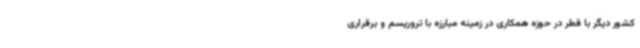
کشور دیگر با قطر در حوزه همکاری در زمینه مبارزه با تروریسم و برقراری